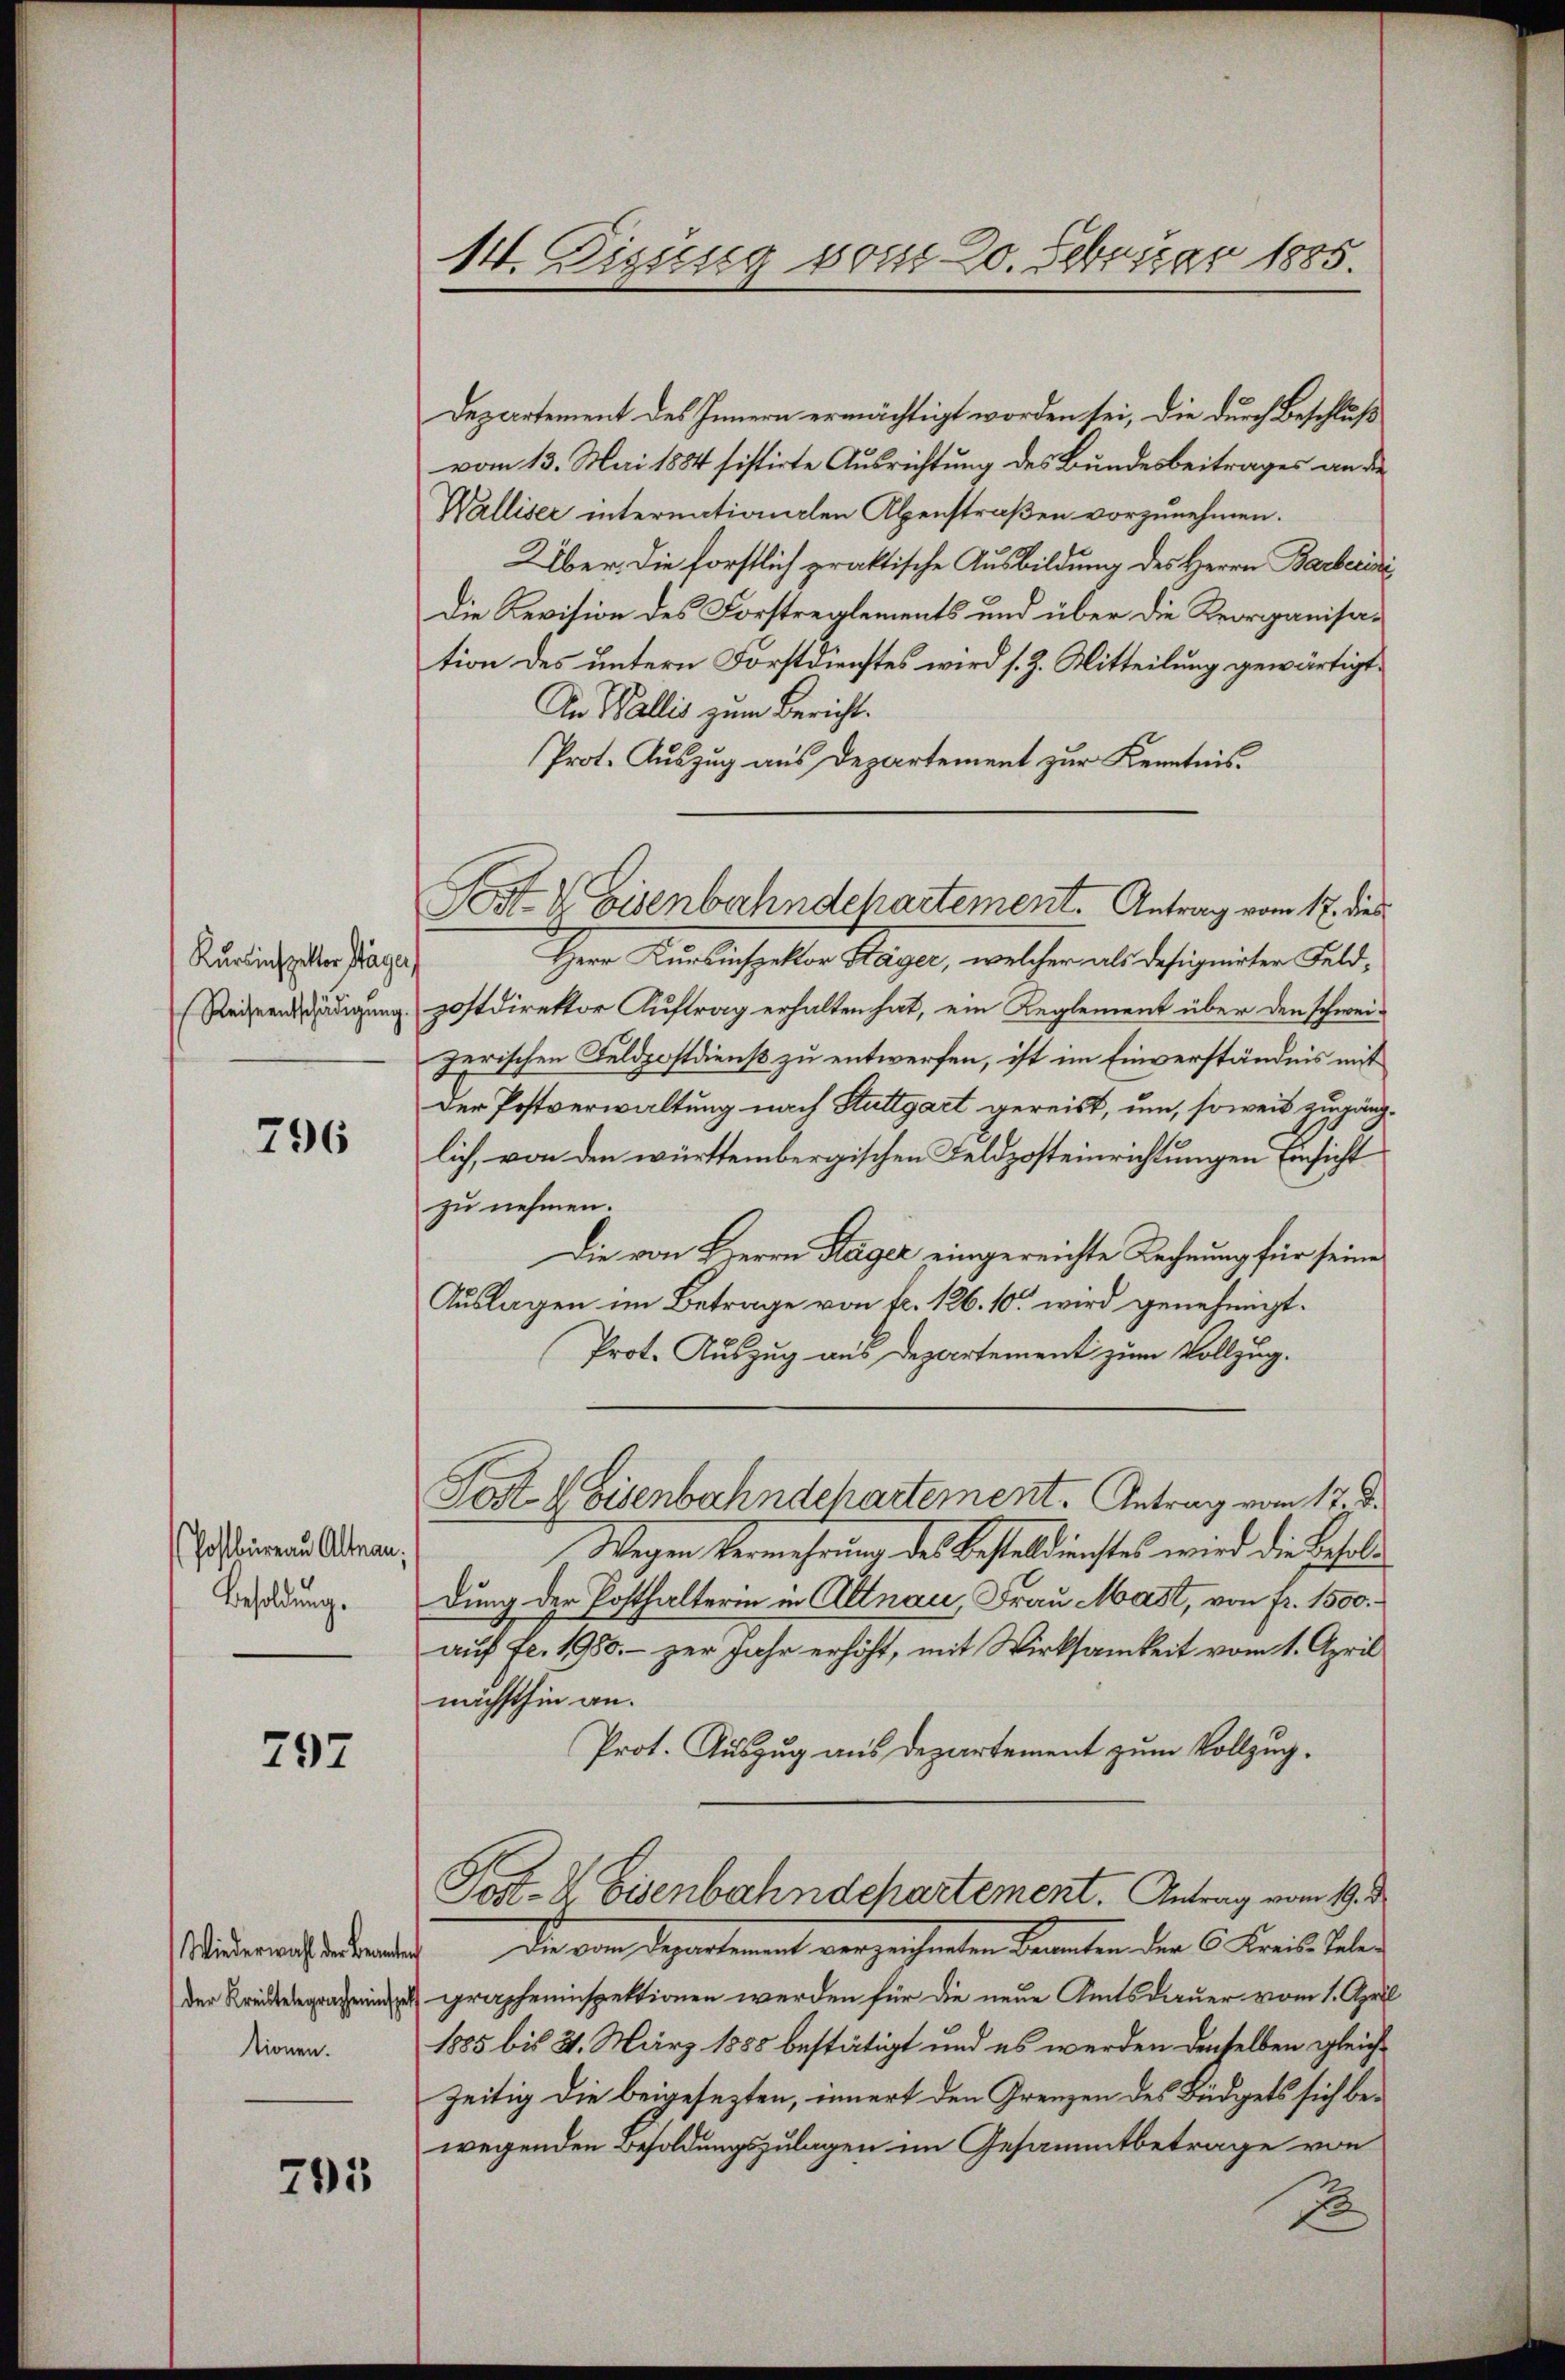
Kursinspetter Stäge,
Reiseentschädigung.

796

Hofbureau Altnau,
Besoldung.

797

Wiederwahl der Beamte
der Kreistelegracheninspet
tionen.

795

14. Tigung vom 20. Februar 1885.

Departement des Innern ermächtigt worden sei, die durch Beschluß
vom 13. Mai 1884 sistirte Ausrichtung des Bundesbeitrages an die
Walliser internationalen Abenstraßen vorzunehmen.
Über die forstlich praktische Ausbildung des Herrn Barberisi
Die Revision des Forstreglements und über die Reorganisation des untern Forstdienstes wird s. Z. Mitteilung gewärtigt.
An Wallis zum Bericht.
Prot. Auszug aus Departement zur Kenntnis¬
Herr Kursinspektor Stäger, welcher als designirter Feldzostdirektor Auftrag erhalten hat, ein Reglement über den schweizerischen Feldpostdienst zu entwerfen, ist im Einverständnis mit
Der Postverwaltung nach Stuttgart gereist, um, soweit zugänglich, von den württembergischen Feldposteinrichtungen Einsicht
zu nehmen.
Die von HHerrn Hager eingereichte Rechnung für seine
Auslagen im Betrage von fr. 126. 10. wird genehmigt.
Prot. Auszug aus Departement zum Vollzug.
Post 4 Eisenbahndchartement. Antrag vom 17. d.
Wegen Vermehrung des Besteldienstes wird die Besoldung der Posthalterin in Altnau, Frau Mast, von fr. 1500.
auf fl. 1950. – zur Jahr erhöht, mit Wirksamkeit vom 1. April
nächsthin an.
Prot. Auszug aus Departement zum Vollzug¬
Post- & Eisenbahndchartement. Antrag vom 19. d.
Die von Departement verzeichenten Kranken der C. Kreis belei
grapheninspektionen werden für die neue Amtsdauer vom 1. April
1885 bis 2. März 1885 bestätigt und es werden denselben gleichzeitig die beigesezten, innert den Grenzen des Büdgets sich bewegenden Besoldungszulagen im Gesammtbetrage von
1

Post V Eisenbahndchartement. Antrag vom 17. dies